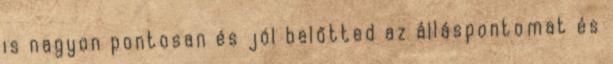
is nagyon pontosan és jól belőtted az álláspontomat és